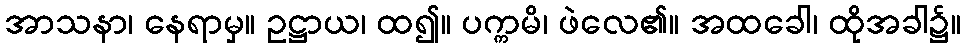
အာသနာ၊ နေရာမှ။ ဥဋ္ဌာယ၊ ထ၍။ ပက္ကမိ၊ ဖဲလေ၏။ အထခေါ၊ ထိုအခါ၌။